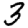
Digit: 3